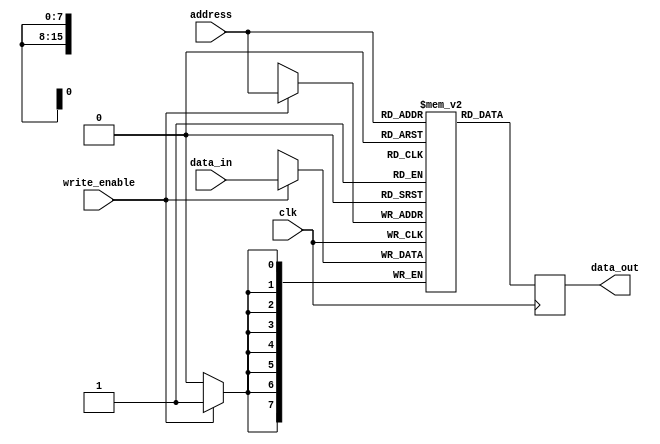
module Flash_ROM (
    input wire clk,
    input wire [7:0] data_in,
    input wire write_enable,
    input wire [15:0] address,
    output reg [7:0] data_out
);

reg [7:0] memory[0:65535];

always @(posedge clk) begin
    if (write_enable) begin
        memory[address] <= data_in;
    end
    data_out <= memory[address];
end

endmodule